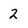
Character: 2